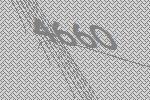
4660